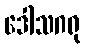
ဒေါသဂရု